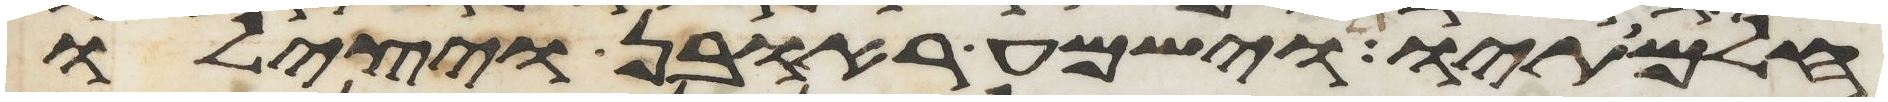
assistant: חלמתיו וישמע ראובן ויצלו